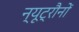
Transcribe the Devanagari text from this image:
न्यूट्रौनों